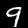
Label: 9